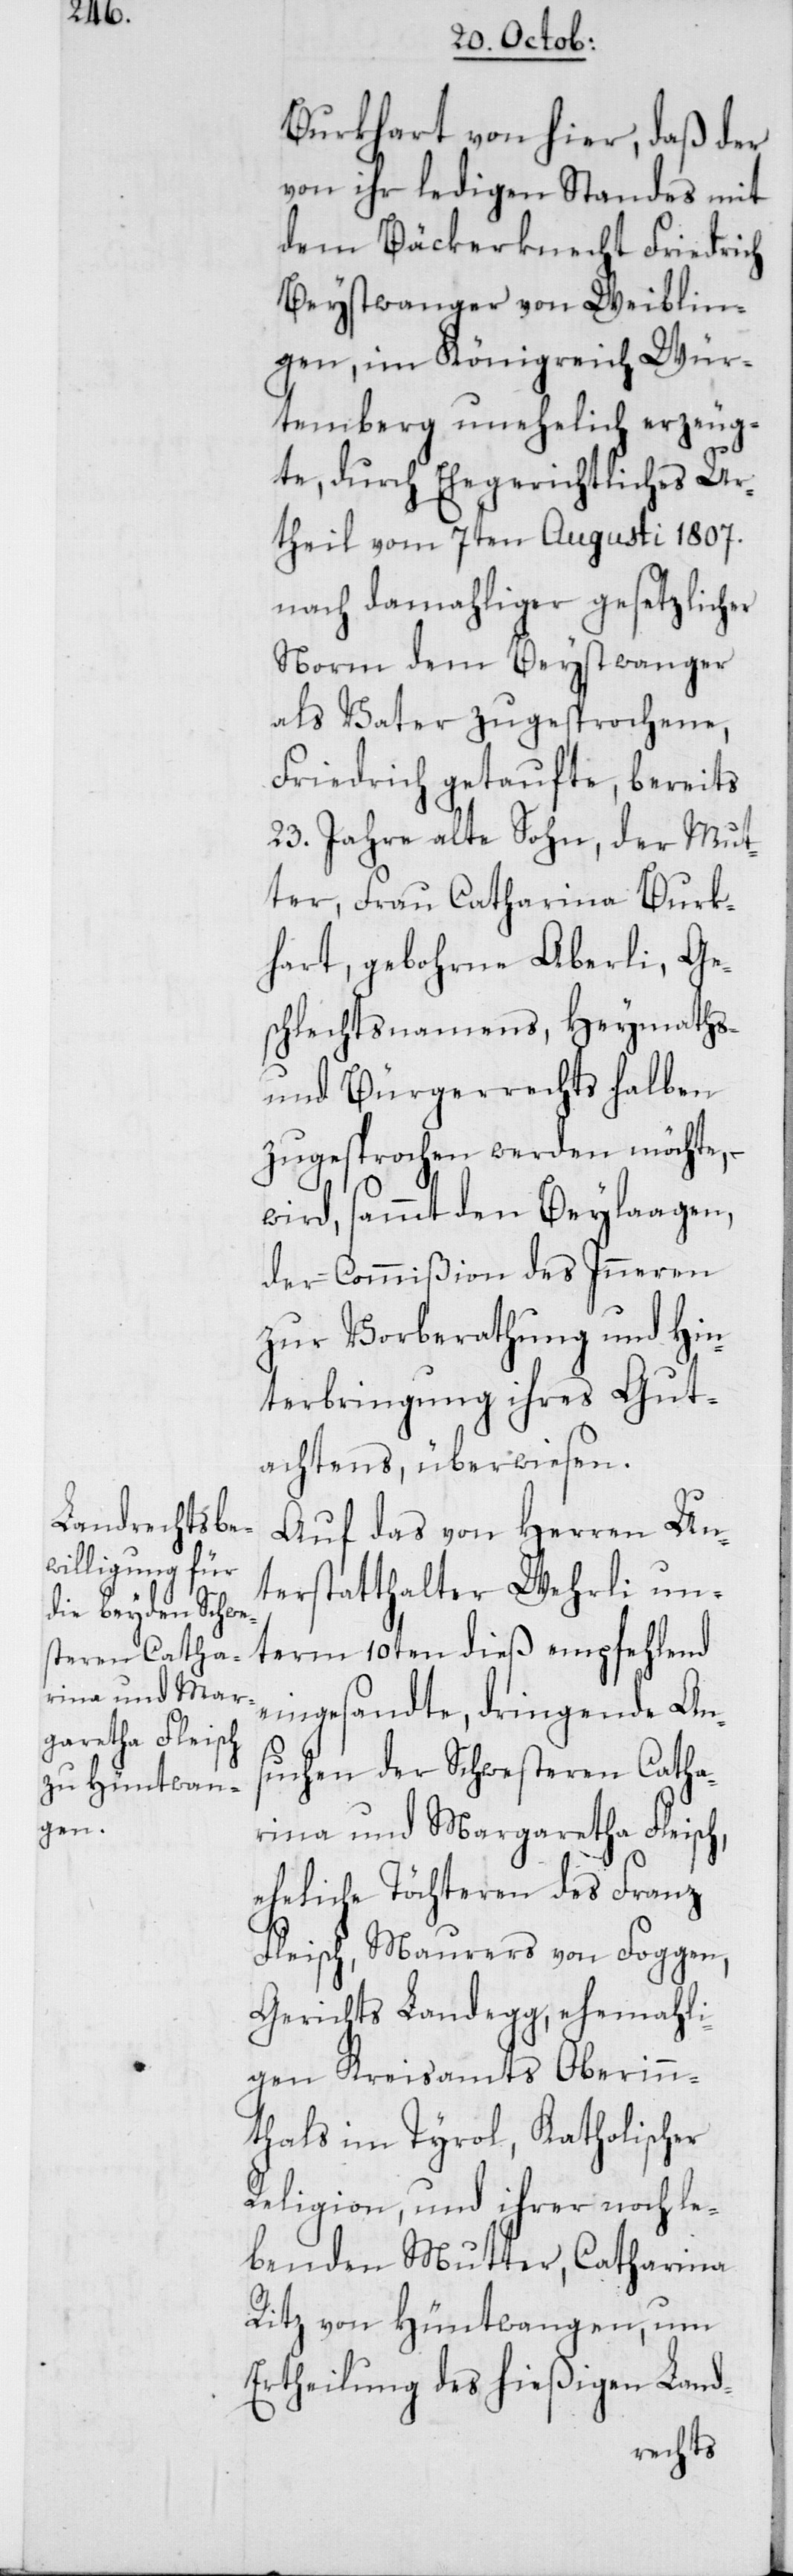
rina und und Mar¬
garetha Fleisch,

Burkhart von hier, daß der
von ihr ledigen Standes mit
dem Bäckerknecht Friedrich
Beystwanger von Weiblin¬
gen, im Königreich Wür¬
temberg unehelich erzeug¬
te, durch ehegerichtliches Ur¬
theil vom 7ten Augusti 1807.
nach damahliger gesetzlicher
Norm dem Beystwanger
als Vater zugesprochene,
Friedrich getaufte, bereits
23. Jahre alte Sohn, der Mut¬
ter, Frau Catharina Burk¬
hart, gebohrne Aberli, Ge¬
schlechtsnamens, Heymaths-
und Bürgerrechts halben
zugesprochen werden möchte, –
wird, sammt den Beylaagen,
der Commißion des Inneren
zur Vorberathung und Hin¬
terbringung ihres Gut¬
achtens, überwiesen.
Auf das von Herren Un¬
terstatthalter Wehrli un¬
term 10ten dieß empfehlend
eingesandte, dringende An¬
suchen der Schwesteren Catha¬
eheliche Töchteren des Franz
Fleisch, Maurers von Foggen,
Gerichts Landegg, ehemahli¬
gen Kreisamts Oberin¬
nthals im Tyrol, Katholischer
Religion, und ihrer noch le¬
benden Mutter, Catharina
Ritz von Hüntwangen, um
Ertheilung des hießigen Land-